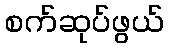
စက်ဆုပ်ဖွယ်